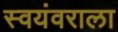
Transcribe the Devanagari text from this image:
स्वयंवराला